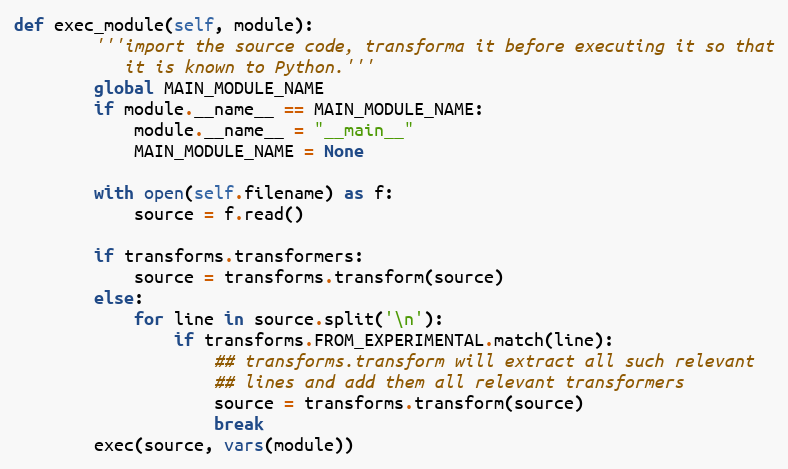
Language: Python
def exec_module(self, module):
        '''import the source code, transforma it before executing it so that
           it is known to Python.'''
        global MAIN_MODULE_NAME
        if module.__name__ == MAIN_MODULE_NAME:
            module.__name__ = "__main__"
            MAIN_MODULE_NAME = None

        with open(self.filename) as f:
            source = f.read()

        if transforms.transformers:
            source = transforms.transform(source)
        else:
            for line in source.split('\n'):
                if transforms.FROM_EXPERIMENTAL.match(line):
                    ## transforms.transform will extract all such relevant
                    ## lines and add them all relevant transformers
                    source = transforms.transform(source)
                    break
        exec(source, vars(module))